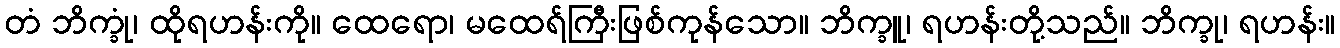
တံ ဘိက္ခုံ၊ ထိုရဟန်းကို။ ထေရော၊ မထေရ်ကြီးဖြစ်ကုန်သော။ ဘိက္ခူ၊ ရဟန်းတို့သည်။ ဘိက္ခု၊ ရဟန်း။